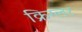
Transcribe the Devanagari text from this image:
क्रिग्लर